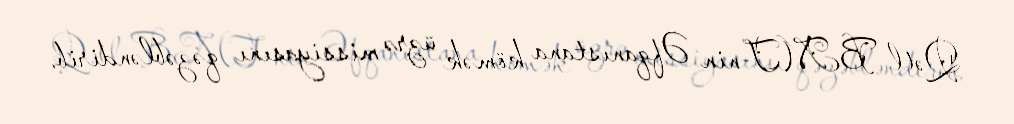
Qətl BMT-nin Əfqanıstana kömək üzrə missiyasını qəzəbləndirib.